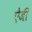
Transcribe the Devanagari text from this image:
ऐजी